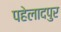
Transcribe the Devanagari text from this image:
पहेलादपुर